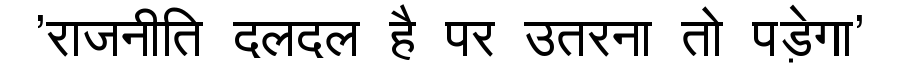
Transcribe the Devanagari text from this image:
'राजनीति दलदल है पर उतरना तो पड़ेगा'